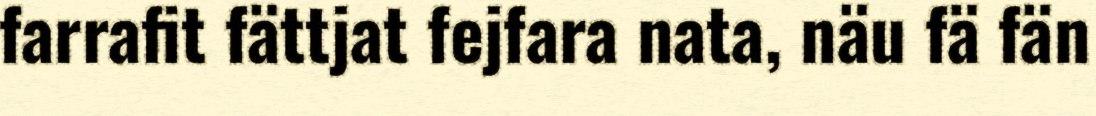
farrafit fättjat fejfara nata, näu fä fän